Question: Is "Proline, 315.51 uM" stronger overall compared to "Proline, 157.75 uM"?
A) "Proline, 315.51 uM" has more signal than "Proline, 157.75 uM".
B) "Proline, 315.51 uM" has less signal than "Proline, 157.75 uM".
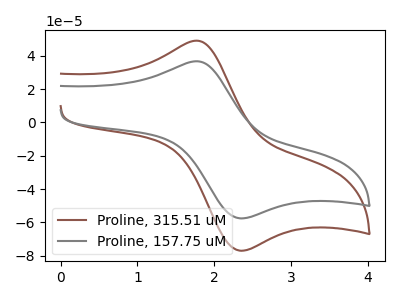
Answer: <think>The brown curve "Proline, 315.51 uM" has an anodic peak at (1.80V, 48.95uA) and a cathodic peak at (2.35V, -76.95uA). The gray curve "Proline, 157.75 uM" has an anodic peak at (1.80V, 36.60uA) and a cathodic peak at (2.35V, -57.60uA).
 All the peaks in "Proline, 315.51 uM" have a peak in "Proline, 157.75 uM" at the same potential. Every peak in "Proline, 315.51 uM" is higher than every peak in "Proline, 157.75 uM".</think>
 <answer>A) "Proline, 315.51 uM" has more signal than "Proline, 157.75 uM".</answer>
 <eval>A</eval>